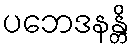
ပဘေဒနန္တိ